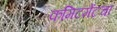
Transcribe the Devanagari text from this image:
कमिटमेंटचा